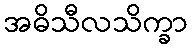
အဓိသီလသိက္ခာ